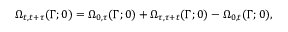
\Omega _ { t , t + \tau } ( \Gamma ; 0 ) = \Omega _ { 0 , \tau } ( \Gamma ; 0 ) + \Omega _ { \tau , \tau + t } ( \Gamma ; 0 ) - \Omega _ { 0 , t } ( \Gamma ; 0 ) ,